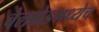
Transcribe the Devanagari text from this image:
बेलग्रेडमध्येच